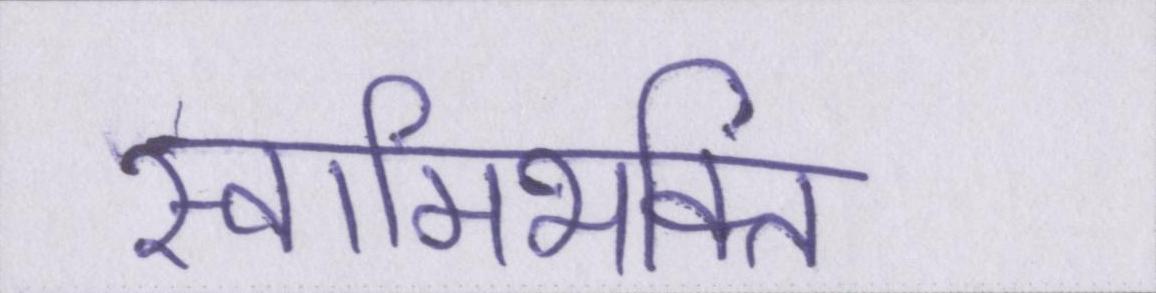
स्वामिभक्ति